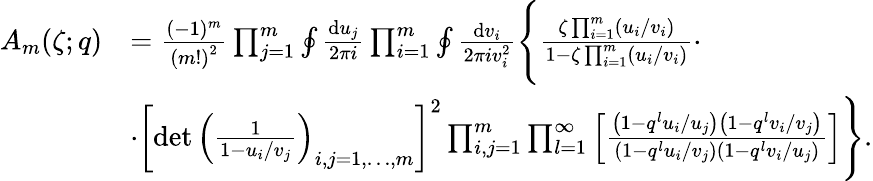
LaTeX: \begin{array}{rl}{A_{m}(\zeta;q)}&{=\frac{(-1)^{m}}{\left(m!\right)^{2}}\prod_{j=1}^{m}\oint\frac{{\mathrm{d}}u_{j}}{2\pi i}\prod_{i=1}^{m}\oint\frac{{\mathrm{d}}v_{i}}{2\pi iv_{i}^{2}}\Bigg\{ \frac{\zeta\prod_{i=1}^{m}\left(u_{i}/v_{i}\right)}{1-\zeta\prod_{i=1}^{m}\left(u_{i}/v_{i}\right)}\cdot}\\ &{\cdot\left[\operatorname*{det}\left(\frac{1}{1-u_{i}/v_{j}}\right)_{i,j=1,\dots,m}\right]^{2}\prod_{i,j=1}^{m}\prod_{l=1}^{\infty}\left[\frac{\left(1-q^{l}u_{i}/u_{j}\right)\left(1-q^{l}v_{i}/v_{j}\right)}{\left(1-q^{l}u_{i}/v_{j}\right)\left(1-q^{l}v_{i}/u_{j}\right)}\right]\Bigg\} .}\end{array}